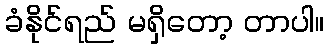
ခံနိုင်ရည် မရှိတော့ တာပါ။